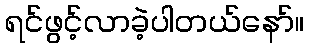
ရင်ဖွင့်လာခဲ့ပါတယ်နော်။